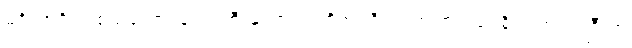
မင်္ဂလာရှိတဲ့ စည်တော်ရွန်းသံကြီးနှင့်အတူ ကိုအံ့ကြီးရဲ့ ကျက်သရေရှိတဲ့ အသံကြီးက